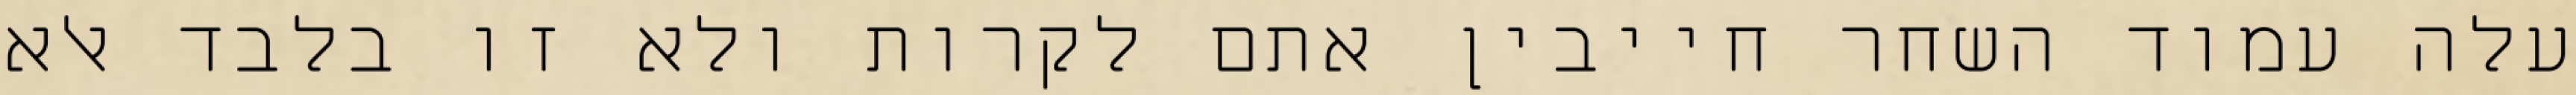
עלה עמוד השחר חייבין אתם לקרות ולא זו בלבד אלא